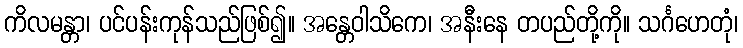
ကိလမန္တာ၊ ပင်ပန်းကုန်သည်ဖြစ်၍။ အန္တေဝါသိကေ၊ အနီးနေ တပည်တို့ကို။ သင်္ဂဟေတုံ၊